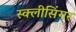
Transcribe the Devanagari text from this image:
स्क्लीसिंगर